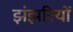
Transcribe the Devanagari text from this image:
झंझरियों